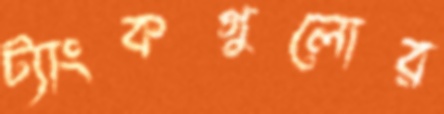
ট্যাংকগুলোর